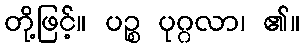
တို့ဖြင့်။ ပဉ္စ ပုဂ္ဂလာ၊ ၏။